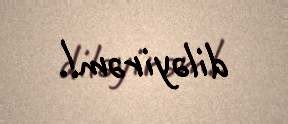
diləyirəm!.